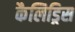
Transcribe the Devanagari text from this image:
कैलिड्रिस